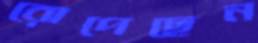
রোপেছেন